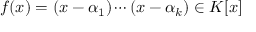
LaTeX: f ( x ) = ( x - \alpha _ { 1 } ) \cdots ( x - \alpha _ { k } ) \in K [ x ]